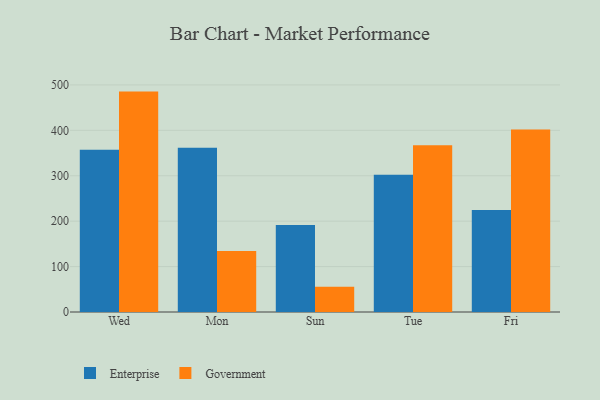
{"axis": {"x": "Day", "y": "Latency (ms)"}, "legend": ["Enterprise", "Government"], "data": [{"x": "Wed", "y": 357.0, "type": "Enterprise"}, {"x": "Wed", "y": 485.3, "type": "Government"}, {"x": "Mon", "y": 361.9, "type": "Enterprise"}, {"x": "Mon", "y": 134.2, "type": "Government"}, {"x": "Sun", "y": 191.6, "type": "Enterprise"}, {"x": "Sun", "y": 55.4, "type": "Government"}, {"x": "Tue", "y": 302.1, "type": "Enterprise"}, {"x": "Tue", "y": 367.1, "type": "Government"}, {"x": "Fri", "y": 224.4, "type": "Enterprise"}, {"x": "Fri", "y": 401.7, "type": "Government"}]}